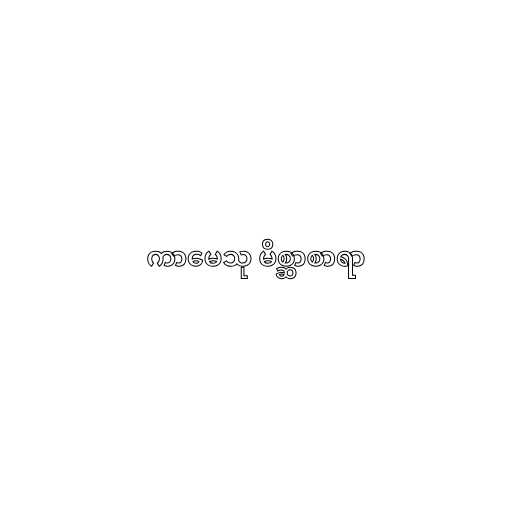
ကာမေသု မိစ္ဆာစာရာ